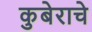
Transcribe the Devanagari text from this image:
कुबेराचे